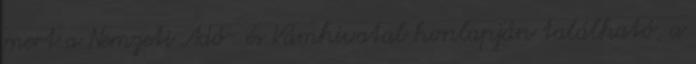
mert a Nemzeti Adó- és Vámhivatal honlapján található, a